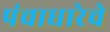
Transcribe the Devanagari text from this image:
पंचाधारेचे